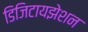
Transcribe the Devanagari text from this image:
डिजिटायझेशन